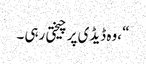
“ ،وہ ڈیڈی پر چیختی رہی ۔